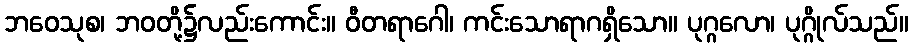
ဘဝေသုစ၊ ဘဝတို့၌လည်းကောင်း။ ဝီတရာဂေါ၊ ကင်းသောရာဂရှိသော။ ပုဂ္ဂလော၊ ပုဂ္ဂိုလ်သည်။